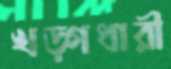
খড়্গধারী